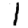
Digit: 1